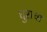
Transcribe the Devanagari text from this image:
धुराचा